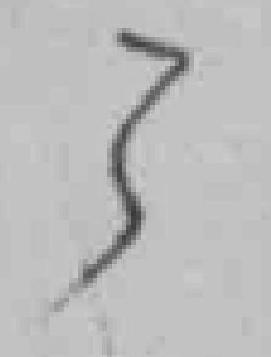
3